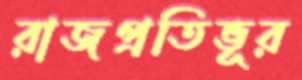
রাজপ্রতিভূর